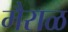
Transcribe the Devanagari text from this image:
मैराळ